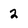
Character: 2